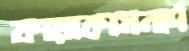
কায়াকামনার্দ